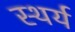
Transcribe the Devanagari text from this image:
स्थर्य